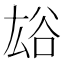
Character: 𧮯